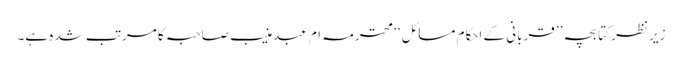
زیر نظر کتابچہ ’’ قربانی کے احکام مسائل ‘‘ محترمہ ام عبدمنیب صاحبہ کا مرتب شدہ ہے۔